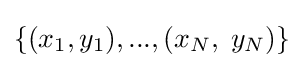
\{(x_{1},y_{1}),...,(x_{N},\;y_{N})\}